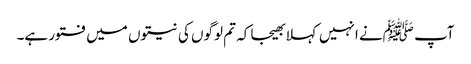
آپ ﷺنے انہیں کہلا بھیجا کہ تم لوگوں کی نیتوں میں فتور ہے۔